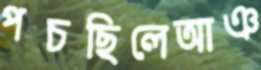
পচছিলেআঞ